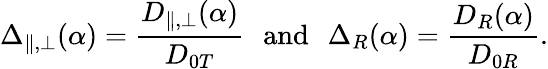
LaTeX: \Delta_{\parallel,\perp}(\alpha)=\frac{D_{\parallel,\perp}(\alpha)}{D_{0T}}\, \, \, \, {\textrm{and}}\, \, \, \, \Delta_{R}(\alpha)=\frac{D_{R}(\alpha)}{D_{0R}}.